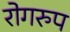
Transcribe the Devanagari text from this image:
रोगरुप